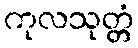
ကုလသုတ္တံ